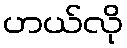
ဟယ်လို